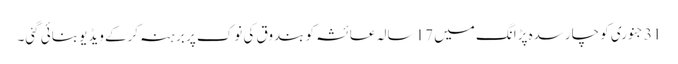
31 جنوری کو چارسدہ پڑانگ میں 17 سالہ عائشہ کو بندوق کی نوک پر برہنہ کرکے ویڈیو بنائی گئی۔